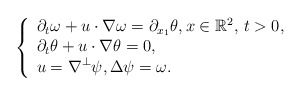
\begin{align*} \left\{\begin{array}{l}\displaystyle \partial_t \omega + u\cdot\nabla \omega = \partial_{x_1} \theta,x \in \mathbb{R}^2, \, t>0,\\\displaystyle \partial_t \theta + u\cdot\nabla \theta =0,\\\displaystyle u =\nabla^\perp \psi, \Delta\psi = \omega.\end{array}\right.\end{align*}